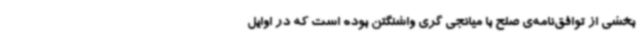
بخشی از توافق‌نامه‌ی صلح با میانجی گری واشنگتن بوده است که در اوایل